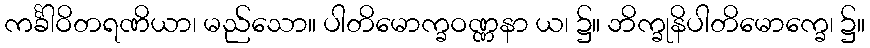
ကင်္ခါဝိတရဏိယာ၊ မည်သော။ ပါတိမောက္ခဝဏ္ဏနာ ယ၊ ၌။ ဘိက္ခုနိပါတိမောက္ခေ၊ ၌။